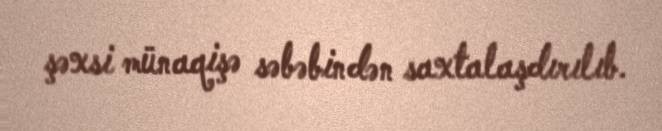
şəxsi münaqişə səbəbindən saxtalaşdırılıb.